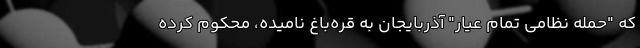
که "حمله نظامی تمام عیار" آذربایجان به قره‌باغ نامیده، محکوم کرده